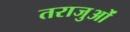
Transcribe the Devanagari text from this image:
तराजुओं